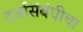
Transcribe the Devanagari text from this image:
दर्जासंबंधीचा